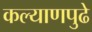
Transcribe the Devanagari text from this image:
कल्याणपुढे